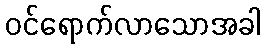
ဝင်ရောက်လာသောအခါ